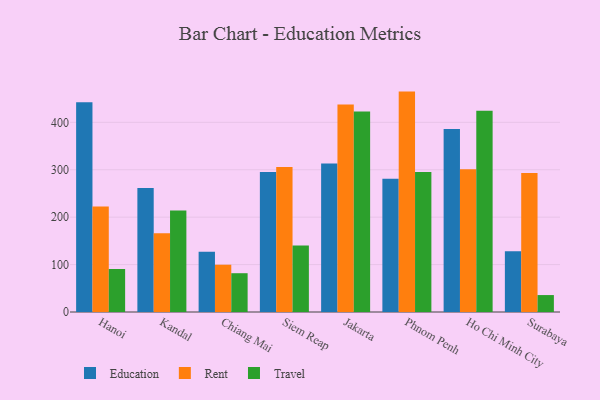
{"axis": {"x": "City", "y": "Page Views"}, "legend": ["Education", "Rent", "Travel"], "data": [{"x": "Hanoi", "y": 442.1, "type": "Education"}, {"x": "Hanoi", "y": 222.7, "type": "Rent"}, {"x": "Hanoi", "y": 90.7, "type": "Travel"}, {"x": "Kandal", "y": 261.3, "type": "Education"}, {"x": "Kandal", "y": 165.9, "type": "Rent"}, {"x": "Kandal", "y": 214.0, "type": "Travel"}, {"x": "Chiang Mai", "y": 126.8, "type": "Education"}, {"x": "Chiang Mai", "y": 99.7, "type": "Rent"}, {"x": "Chiang Mai", "y": 81.8, "type": "Travel"}, {"x": "Siem Reap", "y": 295.0, "type": "Education"}, {"x": "Siem Reap", "y": 305.9, "type": "Rent"}, {"x": "Siem Reap", "y": 140.3, "type": "Travel"}, {"x": "Jakarta", "y": 313.4, "type": "Education"}, {"x": "Jakarta", "y": 437.4, "type": "Rent"}, {"x": "Jakarta", "y": 422.6, "type": "Travel"}, {"x": "Phnom Penh", "y": 280.9, "type": "Education"}, {"x": "Phnom Penh", "y": 464.8, "type": "Rent"}, {"x": "Phnom Penh", "y": 295.5, "type": "Travel"}, {"x": "Ho Chi Minh City", "y": 386.1, "type": "Education"}, {"x": "Ho Chi Minh City", "y": 301.1, "type": "Rent"}, {"x": "Ho Chi Minh City", "y": 424.5, "type": "Travel"}, {"x": "Surabaya", "y": 128.3, "type": "Education"}, {"x": "Surabaya", "y": 293.1, "type": "Rent"}, {"x": "Surabaya", "y": 35.7, "type": "Travel"}]}